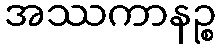
အဿကာနဉ္စ